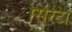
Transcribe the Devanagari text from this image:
सिरेटा